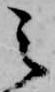
之